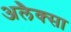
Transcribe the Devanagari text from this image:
अलैक्सा